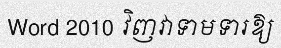
Word 2010 វិញវាទាមទារឱ្យ